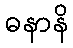
ဓနာနိ